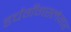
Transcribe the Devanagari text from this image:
डर्चगँगस्लेगर